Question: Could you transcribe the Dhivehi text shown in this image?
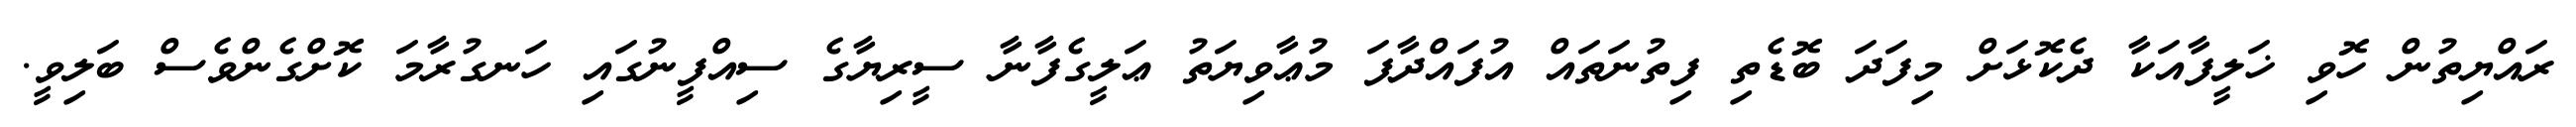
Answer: ރައްޔިތުން ހޮވި ޚަލީފާއަކާ ދެކޮޅަށް މިފަދަ ބޮޑެތި ފިތުނަތައް އުފައްދާފަ މުޢާވިޔަތު ޢަލީގެފާނާ ސީރިޔާގެ ސިއްފީނުގައި ހަނގުރާމަ ކޮށްގެންވެސް ބަލިވީ.